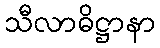
သီလာဓိဋ္ဌာနာ